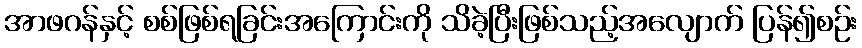
အာဖဂန်နှင့် စစ်ဖြစ်ရခြင်းအကြောင်းကို သိခဲ့ပြီးဖြစ်သည့်အလျောက် ပြန်၍စဉ်း